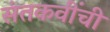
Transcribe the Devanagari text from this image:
संतकवींची